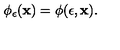
\phi _ { \epsilon } ( { \bf x } ) = \phi ( \epsilon , { \bf x } ) .